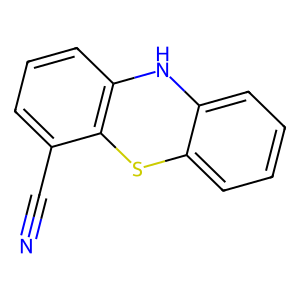
SMILES: N#Cc1cccc2c1Sc1ccccc1N2
Inhibits HIV replication: No